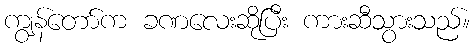
ကျွန်တော်က ခဏလေးဆိုပြီး ကားဆီသွားသည်။